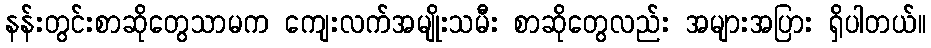
နန်းတွင်းစာဆိုတွေသာမက ကျေးလက်အမျိုးသမီး စာဆိုတွေလည်း အများအပြား ရှိပါတယ်။